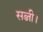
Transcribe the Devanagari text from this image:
सब्जी।